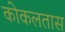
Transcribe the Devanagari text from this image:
कोकलतास